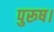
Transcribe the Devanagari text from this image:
पुरूष।